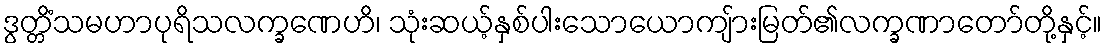
ဒွတ္တိံသမဟာပုရိသလက္ခဏေဟိ၊ သုံးဆယ့်နှစ်ပါးသောယောကျ်ားမြတ်၏လက္ခဏာတော်တို့နှင့်။